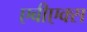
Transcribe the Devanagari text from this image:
एबीएक्स